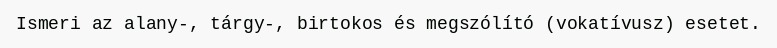
Ismeri az alany-, tárgy-, birtokos és megszólító (vokatívusz) esetet.